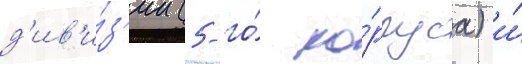
д'ив'и́з'ии (5-го́ ко́рпуса) и́